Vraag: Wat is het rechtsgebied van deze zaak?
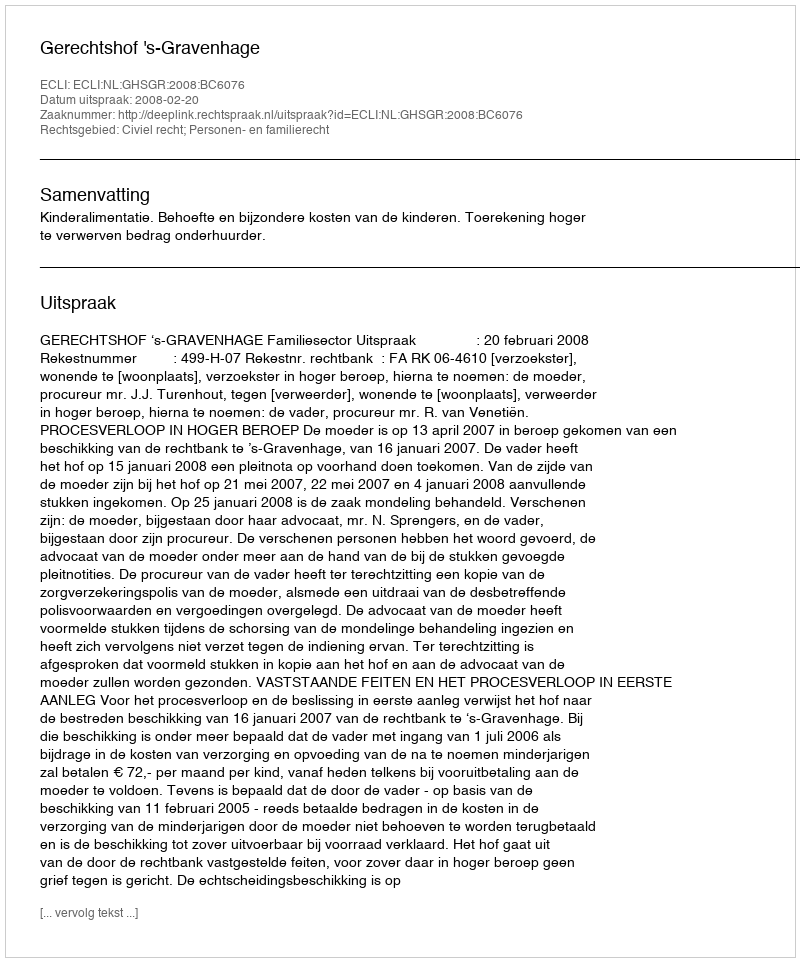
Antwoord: Civiel recht; Personen- en familierecht